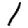
Digit: 1